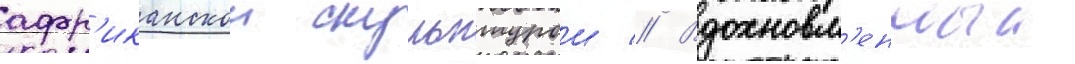
афр'иканскои скульптурои // Вдохновл'енныи